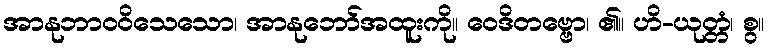
အာနုဘာဝဝိသေသော၊ အာနုဘော်အထူးကို။ ဝေဒိတဗ္ဗော၊ ၏။ ဟိ-ယုတ္တံ၊ စွ။